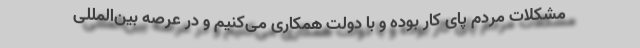
مشکلات مردم پای کار بوده و با دولت همکاری می‌کنیم و در عرصه بین‌المللی